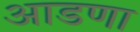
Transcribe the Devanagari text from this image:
आडणा